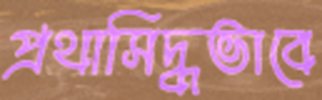
প্রথাসিদ্ধভাবে